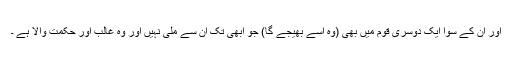
اور ان کے سوا ایک دوسری قوم میں بھی (وہ اسے بھیجے گا) جو ابھی تک ان سے ملی نہیں اور وہ غالب اور حکمت والا ہے ۔